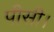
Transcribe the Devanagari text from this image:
पीसी।